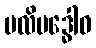
ဗလိဗဒ္ဓေါဝ